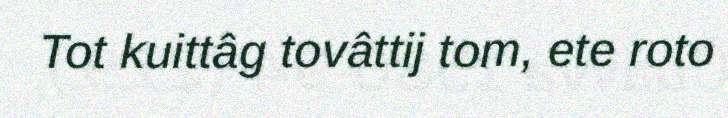
Tot kuittâg tovâttij tom, ete roto